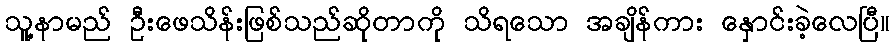
သူ့နာမည် ဦးဖေသိန်းဖြစ်သည်ဆိုတာကို သိရသော အချိန်ကား နှောင်းခဲ့လေပြီ။